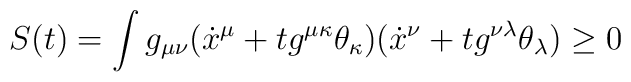
S(t)=\int g_{\mu\nu}(\dot{x}^{\mu}+tg^{\mu\kappa}\theta_{\kappa})(\dot{x}^{\nu}+tg^{\nu\lambda}\theta_{\lambda})\geq 0